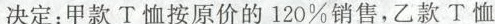
决定：甲款T恤按原价的120%销售，乙款T恤